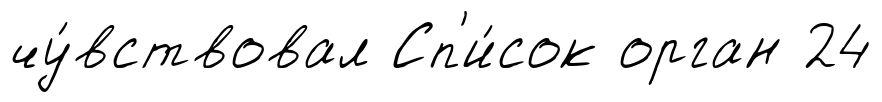
чу́вствовал Сп'и́сок орган 24